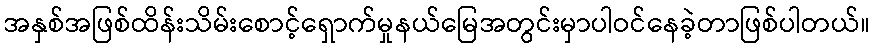
အနှစ်အဖြစ်ထိန်းသိမ်းစောင့်ရှောက်မှုနယ်မြေအတွင်းမှာပါဝင်နေခဲ့တာဖြစ်ပါတယ်။